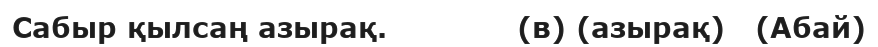
Сабыр қылсаң азырақ.             (в) (азырақ)   (Абай)